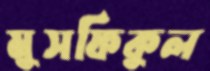
মুসফিকুল